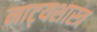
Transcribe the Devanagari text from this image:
नाट्‍यशास्त्र